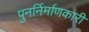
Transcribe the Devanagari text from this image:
पुनर्निर्माणकारी